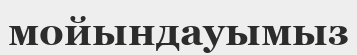
мойындауымыз